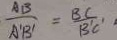
\frac { A B } { A ^ { \prime } B ^ { \prime } } = \frac { B C } { B ^ { \prime } C ^ { \prime } }